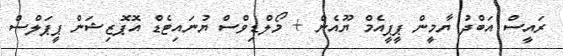
ރައީސް އަބްދު ޔާމީން ޕީޕީއެމް ޔޫއެން + މޯލްޑިވްސް ޔުނައިޓެޑް އޮޕޮޒިޝަން ޕީޕަލްސް